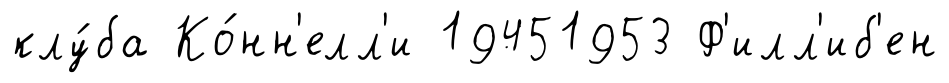
клу́ба Ко́нн'елл'и 19451953 Ф'илл'иб'ен